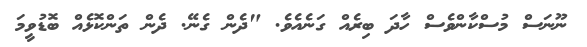
ނޫނަސް މުސްކާންވެސް ހާދަ ބިރެއް ގަނެއެވެ. "ދެން ގެނޭ. ދެން ތަންކޮޅެއް ބޮޑުވީމަ